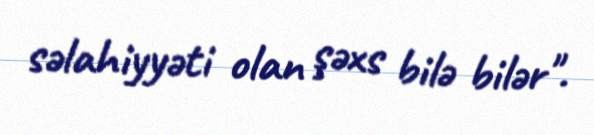
səlahiyyəti olan şəxs bilə bilər".